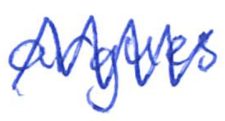
Text: argues
Cross-out: zig-zag
Writing tool: ballpoint